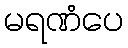
မရဏံပေ